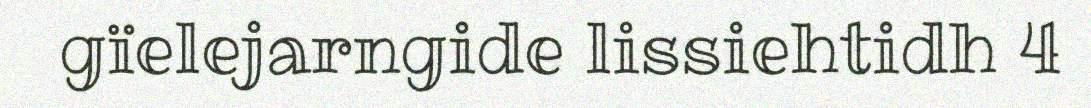
gïelejarngide lissiehtidh 4